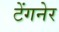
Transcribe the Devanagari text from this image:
टेंगनेर